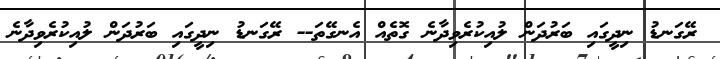
ރޭގަނޑު ނިދީގައި ބަރުދަން ލުއިކުރެވިދާނެ ގޮތެއް އެނގޭތަ-- ރޭގަނޑު ނިދީގައި ބަރުދަން ލުއިކުރެވިދާނެ